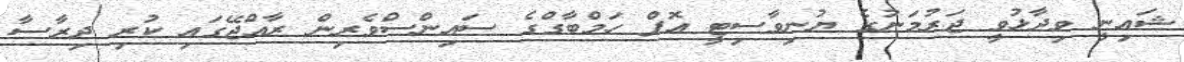
ޝައިނީ ވިދާޅުވީ ޖަރުމަނުގެ ޔުނިވާސިޓީ އޮފް ހަމްބާގްގެ ސައިންސްވެރިން ރާއްޖޭގައި ކުރި ދިރާސާ